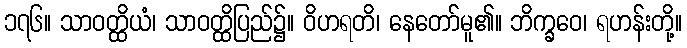
၁၇၆။ သာဝတ္ထိယံ၊ သာဝတ္ထိပြည်၌။ ဝိဟရတိ၊ နေတော်မူ၏။ ဘိက္ခဝေ၊ ရဟန်းတို့။